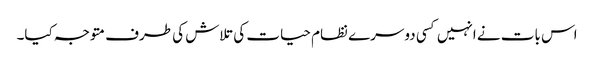
اس بات نے انہیں کسی دوسرے نظام حیات کی تلاش کی طرف متوجہ کیا۔